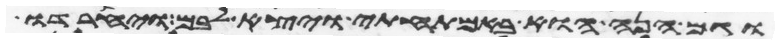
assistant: וגם הנה הוא באמתחתי ויצא לבם ויחרדו